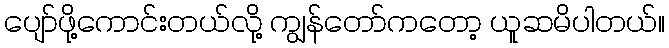
ပျော်ဖို့ကောင်းတယ်လို့ ကျွန်တော်ကတော့ ယူဆမိပါတယ်။